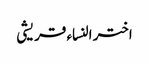
اختر النساء قریشی